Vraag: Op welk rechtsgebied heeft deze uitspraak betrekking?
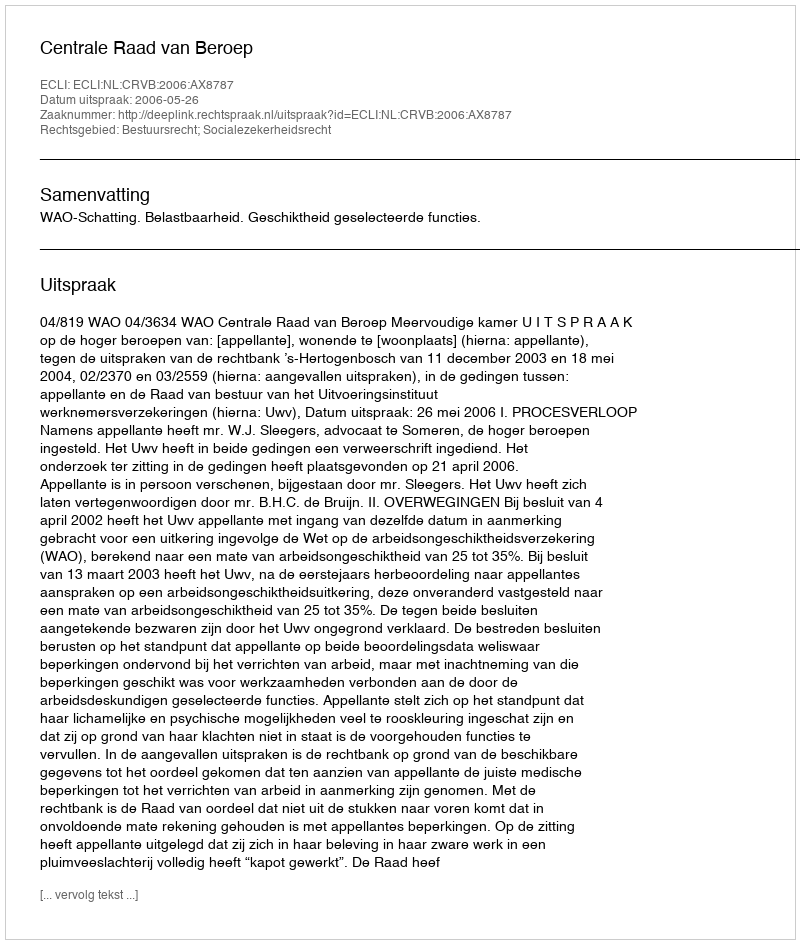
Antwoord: Bestuursrecht; Socialezekerheidsrecht